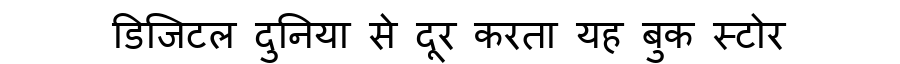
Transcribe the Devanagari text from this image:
डिजिटल दुनिया से दूर करता यह बुक स्टोर